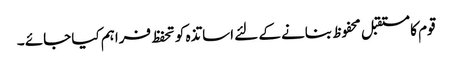
قوم کا مستقبل محفوظ بنانے کے لئے اساتذہ کو تحفظ فراہم کیا جائے ۔